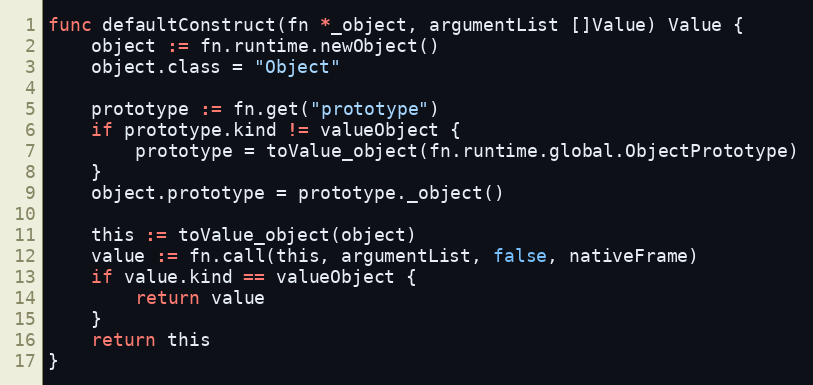
Language: Go
func defaultConstruct(fn *_object, argumentList []Value) Value {
	object := fn.runtime.newObject()
	object.class = "Object"

	prototype := fn.get("prototype")
	if prototype.kind != valueObject {
		prototype = toValue_object(fn.runtime.global.ObjectPrototype)
	}
	object.prototype = prototype._object()

	this := toValue_object(object)
	value := fn.call(this, argumentList, false, nativeFrame)
	if value.kind == valueObject {
		return value
	}
	return this
}